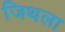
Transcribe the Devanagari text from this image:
जिथला